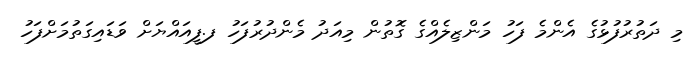
މި ދަތުރުފުޅުގެ އެންމެ ފަހު މަންޒިލެއްގެ ގޮތުން މިއަދު މެންދުރުފަހު ފ.ފީއައްޔަށް ވަޑައިގަތުމަށްފަހު